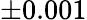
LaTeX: \pm 0.001